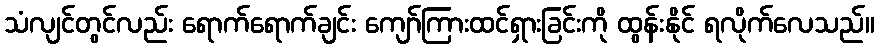
သံလျင်တွင်လည်း ရောက်ရောက်ချင်း ကျော်ကြားထင်ရှားခြင်းကို ထွန်းနိုင် ရလိုက်လေသည်။